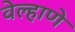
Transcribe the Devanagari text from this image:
वेल्हाणे